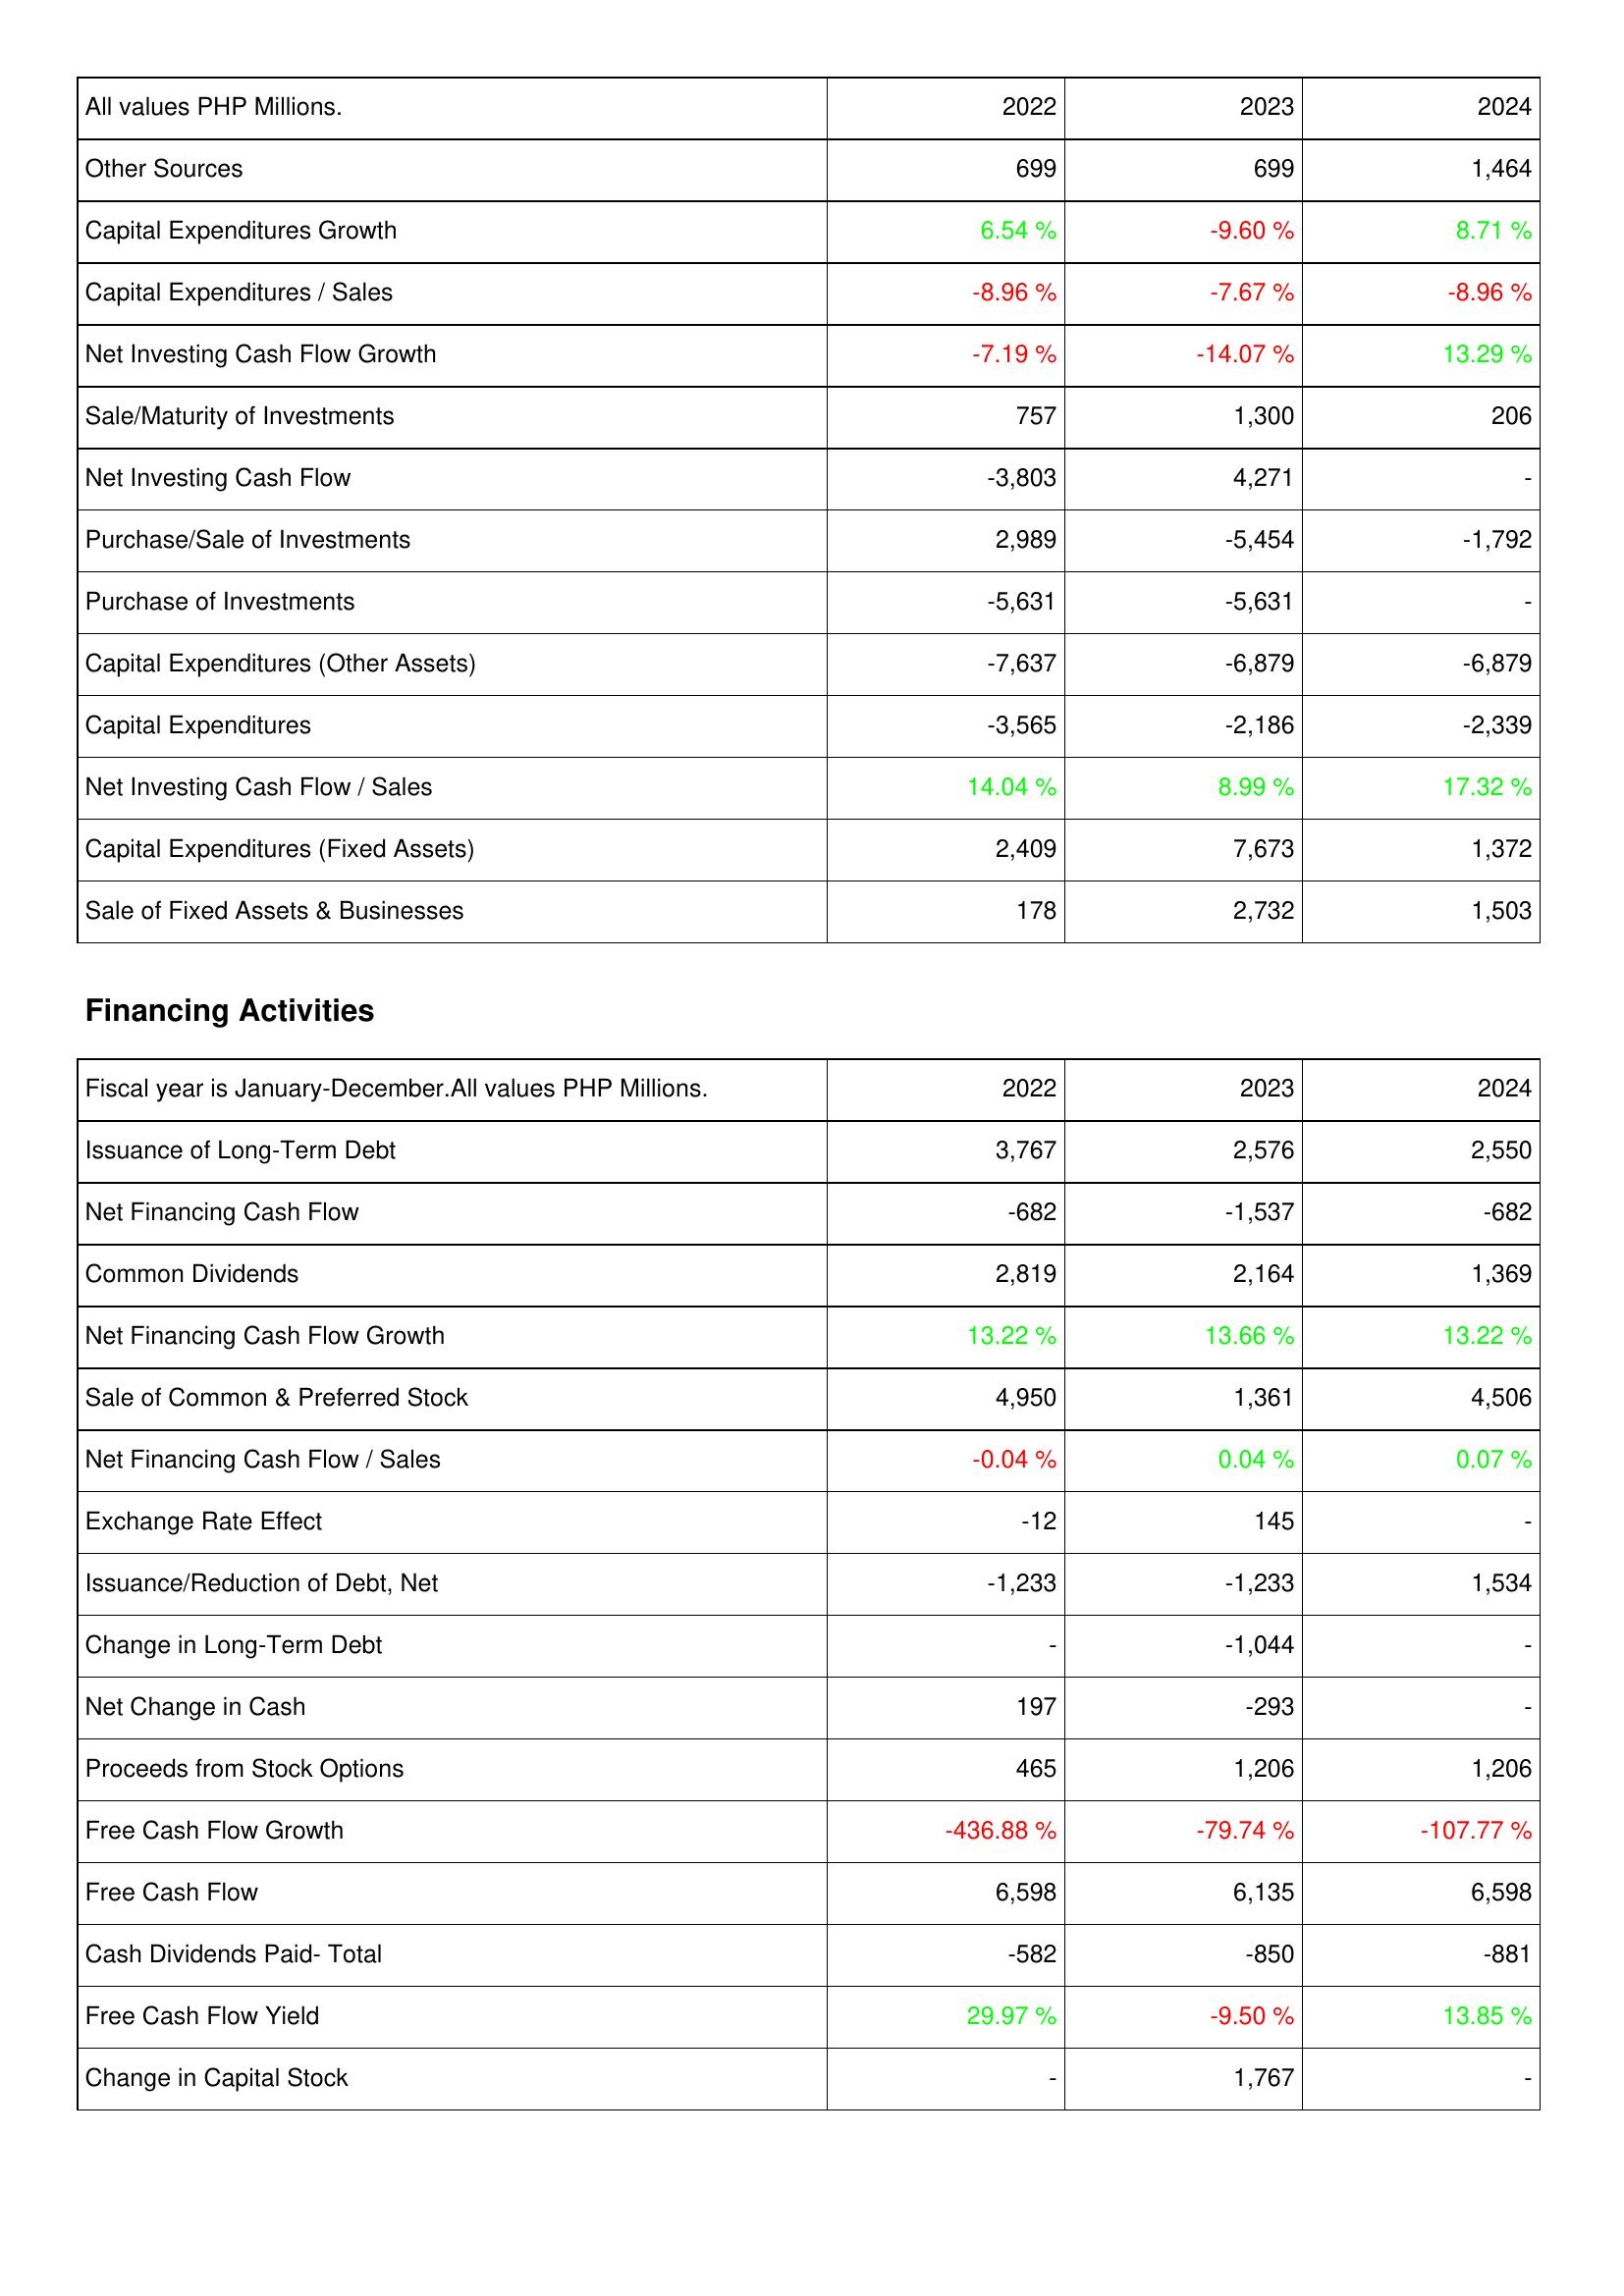
2022: Investing Activities: Other Sources: 699
Capital Expenditures Growth: 6.54 %
Capital Expenditures / Sales: -8.96 %
Net Investing Cash Flow Growth: -7.19 %
Sale/Maturity of Investments: 757
Net Investing Cash Flow: -3,803
Purchase/Sale of Investments: 2,989
Purchase of Investments: -5,631
Capital Expenditures (Other Assets): -7,637
Capital Expenditures: -3,565
Net Investing Cash Flow / Sales: 14.04 %
Capital Expenditures (Fixed Assets): 2,409
Sale of Fixed Assets & Businesses: 178
Financing Activities: Issuance of Long-Term Debt: 3,767
Net Financing Cash Flow: -682
Common Dividends: 2,819
Net Financing Cash Flow Growth: 13.22 %
Sale of Common & Preferred Stock: 4,950
Net Financing Cash Flow / Sales: -0.04 %
Exchange Rate Effect: -12
Issuance/Reduction of Debt, Net: -1,233
Change in Long-Term Debt: -
Net Change in Cash: 197
Proceeds from Stock Options: 465
Free Cash Flow Growth: -436.88 %
Free Cash Flow: 6,598
Cash Dividends Paid- Total: -582
Free Cash Flow Yield: 29.97 %
Change in Capital Stock: -
2023: Investing Activities: Other Sources: 699
Capital Expenditures Growth: -9.60 %
Capital Expenditures / Sales: -7.67 %
Net Investing Cash Flow Growth: -14.07 %
Sale/Maturity of Investments: 1,300
Net Investing Cash Flow: 4,271
Purchase/Sale of Investments: -5,454
Purchase of Investments: -5,631
Capital Expenditures (Other Assets): -6,879
Capital Expenditures: -2,186
Net Investing Cash Flow / Sales: 8.99 %
Capital Expenditures (Fixed Assets): 7,673
Sale of Fixed Assets & Businesses: 2,732
Financing Activities: Issuance of Long-Term Debt: 2,576
Net Financing Cash Flow: -1,537
Common Dividends: 2,164
Net Financing Cash Flow Growth: 13.66 %
Sale of Common & Preferred Stock: 1,361
Net Financing Cash Flow / Sales: 0.04 %
Exchange Rate Effect: 145
Issuance/Reduction of Debt, Net: -1,233
Change in Long-Term Debt: -1,044
Net Change in Cash: -293
Proceeds from Stock Options: 1,206
Free Cash Flow Growth: -79.74 %
Free Cash Flow: 6,135
Cash Dividends Paid- Total: -850
Free Cash Flow Yield: -9.50 %
Change in Capital Stock: 1,767
2024: Investing Activities: Other Sources: 1,464
Capital Expenditures Growth: 8.71 %
Capital Expenditures / Sales: -8.96 %
Net Investing Cash Flow Growth: 13.29 %
Sale/Maturity of Investments: 206
Net Investing Cash Flow: -
Purchase/Sale of Investments: -1,792
Purchase of Investments: -
Capital Expenditures (Other Assets): -6,879
Capital Expenditures: -2,339
Net Investing Cash Flow / Sales: 17.32 %
Capital Expenditures (Fixed Assets): 1,372
Sale of Fixed Assets & Businesses: 1,503
Financing Activities: Issuance of Long-Term Debt: 2,550
Net Financing Cash Flow: -682
Common Dividends: 1,369
Net Financing Cash Flow Growth: 13.22 %
Sale of Common & Preferred Stock: 4,506
Net Financing Cash Flow / Sales: 0.07 %
Exchange Rate Effect: -
Issuance/Reduction of Debt, Net: 1,534
Change in Long-Term Debt: -
Net Change in Cash: -
Proceeds from Stock Options: 1,206
Free Cash Flow Growth: -107.77 %
Free Cash Flow: 6,598
Cash Dividends Paid- Total: -881
Free Cash Flow Yield: 13.85 %
Change in Capital Stock: -